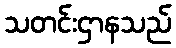
သတင်းဌာနသည်